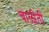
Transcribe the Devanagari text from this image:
चाळीती